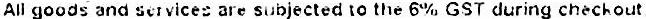
ALL GOODS AND SERVICES ARE SUBJECTED TO THE 6% GST DURING CHECHOUT